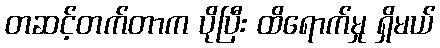
တဆင့်တက်တာက ပိုပြီး ထိရောက်မှု ရှိမယ်